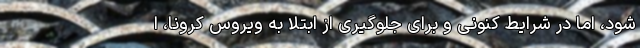
شود، اما در شرایط کنونی و برای جلوگیری از ابتلا به ویروس کرونا، ا